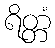
ရိတ္တံ